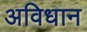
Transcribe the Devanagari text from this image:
अविधान